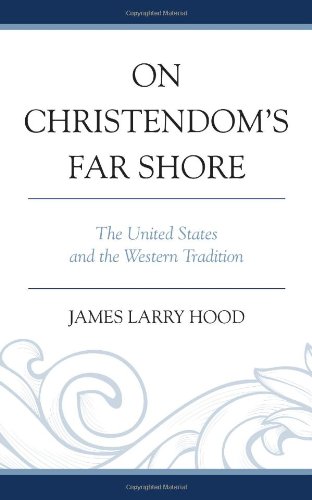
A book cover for On Christendom's Far Shore: The United States and the Western Tradition; James Larry Hood; Christian Books & Bibles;